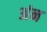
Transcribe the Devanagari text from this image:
अंन